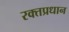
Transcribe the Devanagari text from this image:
रक्तप्रधान